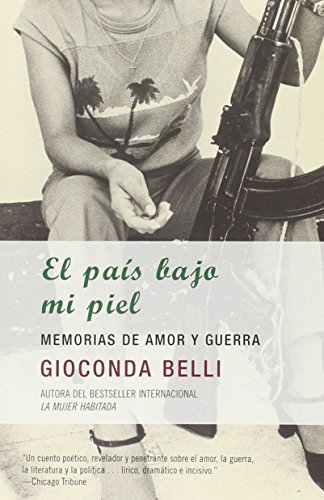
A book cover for El paÃ­s bajo mi piel (Spanish Edition); Gioconda Belli; Biographies & Memoirs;